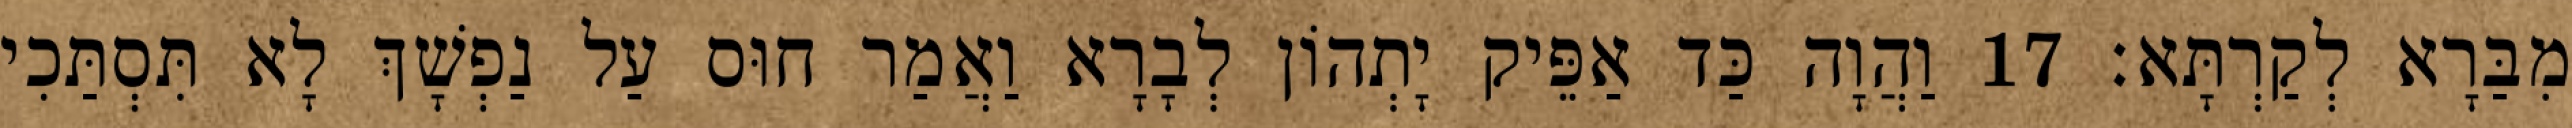
מִבַּרָא לְקַרְתָּא׃ 17 וַהֲוָה כַּד אַפֵּיק יָתְהוֹן לְבָרָא וַאֲמַר חוּס עַל נַפְשָׁךְ לָא תִּסְתַּכִי